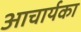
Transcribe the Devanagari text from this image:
अाचार्यका